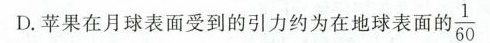
D.苹果在月球表面受到的引力约为在地球表面的 \frac{1}{60}